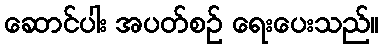
ဆောင်ပါး အပတ်စဉ် ရေးပေးသည်။